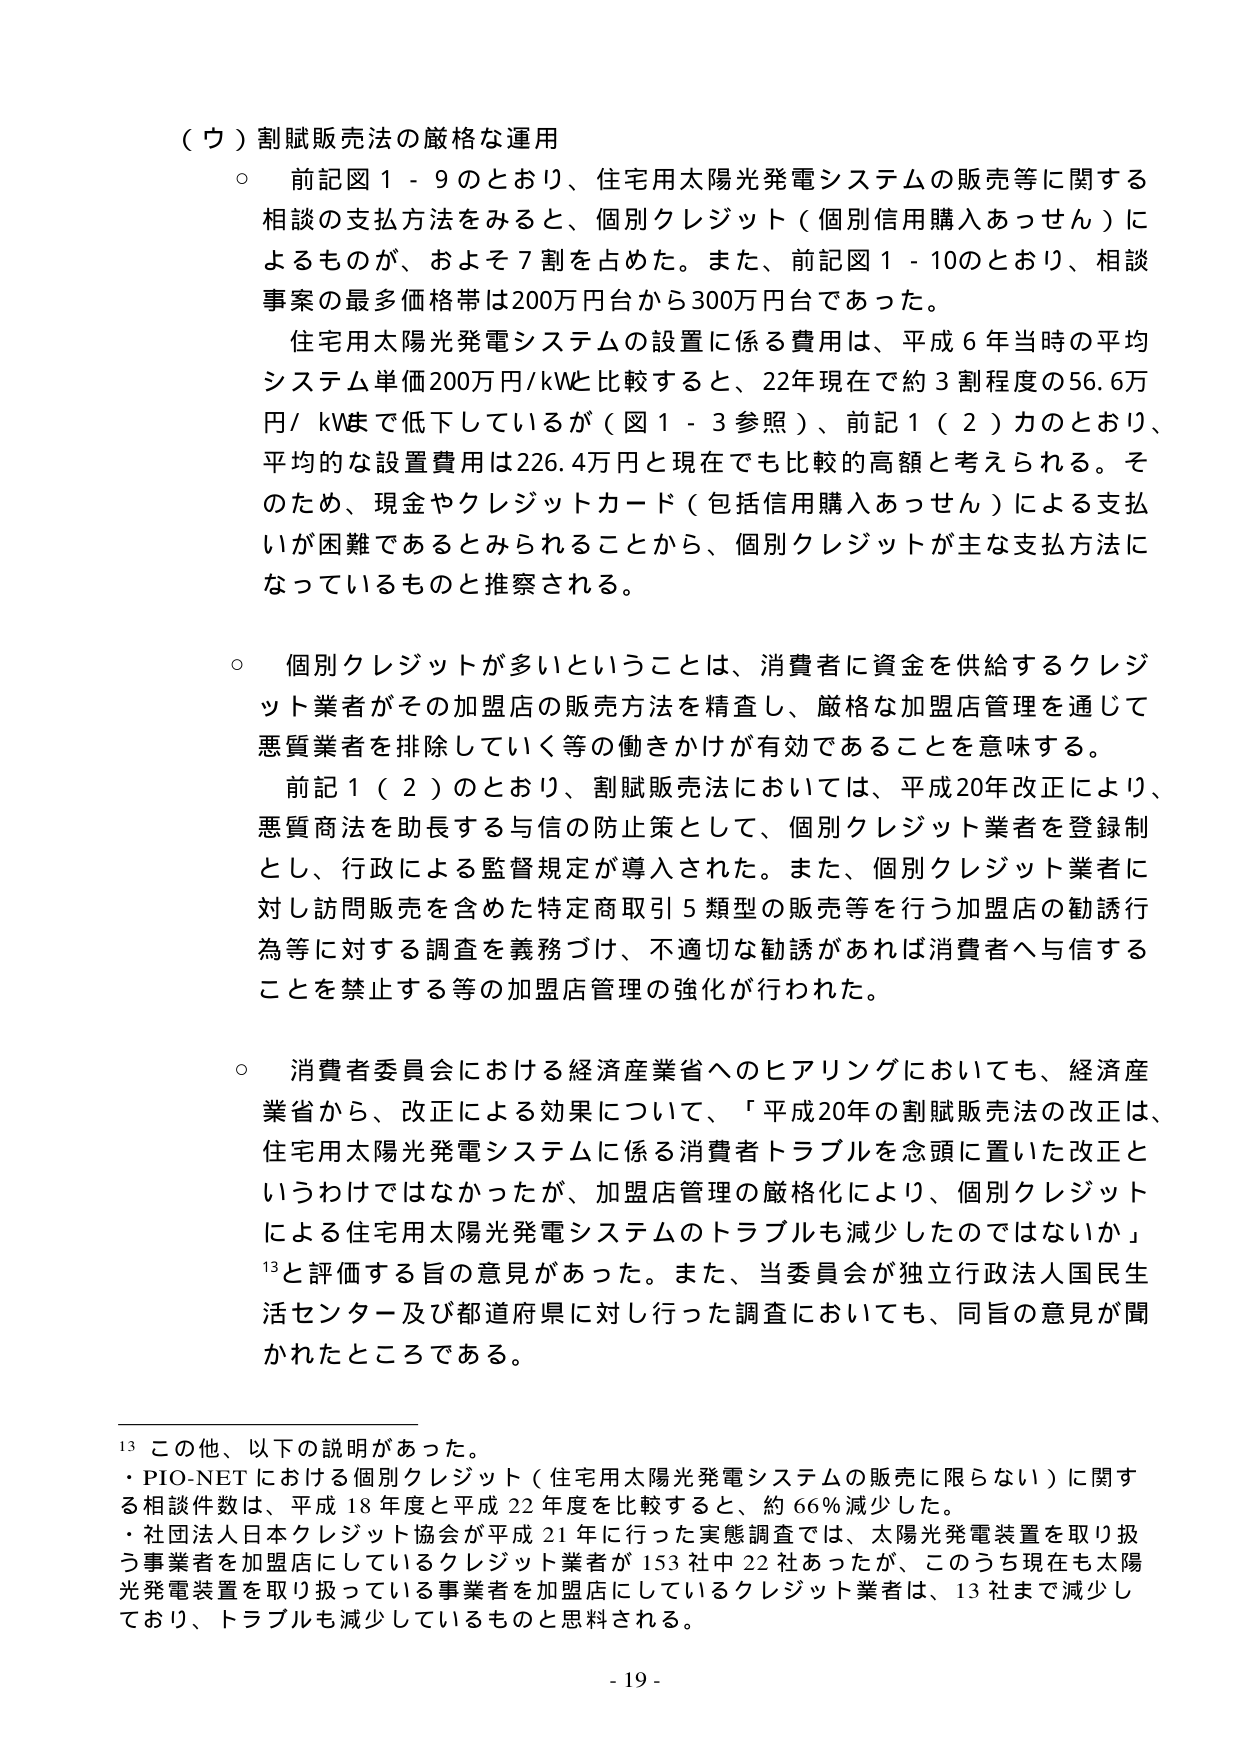
（ウ）割賦販売法の厳格な運用
○ 前記図１－９のとおり、住宅用太陽光発電システムの販売等に関する相談の支払方法をみると、個別クレジット（個別信用購入あっせん）によるものが、およそ７割を占めた。また、前記図１－１０のとおり、相談事案の最多価格帯は200万円台から300万円台であった。
住宅用太陽光発電システムの設置に係る費用は、平成６年当時の平均システム単価200万円/kWと比較すると、22年現在で約３割程度の56.6万円/kWまで低下しているが（図１－３参照）、前記１（２）カのとおり、平均的な設置費用は226.4万円と現在でも比較的高額と考えられる。そのため、現金やクレジットカード（包括信用購入あっせん）による支払いが困難であるとみられることから、個別クレジットが主な支払方法になっているものと推察される。

○ 個別クレジットが多いということは、消費者に資金を供給するクレジット業者がその加盟店の販売方法を精査し、厳格な加盟店管理を通じて悪質業者を排除していく等の働きかけが有効であることを意味する。
前記１（２）のとおり、割賦販売法においては、平成20年改正により、悪質商法を助長する与信の防止策として、個別クレジット業者を登録制とし、行政による監督規定が導入された。また、個別クレジット業者に対し訪問販売を含めた特定商取引５類型の販売等を行う加盟店の勧誘行為等に対する調査を義務づけ、不適切な勧誘があれば消費者へ与信することを禁止する等の加盟店管理の強化が行われた。

○ 消費者委員会における経済産業省へのヒアリングにおいても、経済産業省から、改正による効果について、「平成20年の割賦販売法の改正は、住宅用太陽光発電システムに係る消費者トラブルを念頭に置いた改正というわけではなかったが、加盟店管理の厳格化により、個別クレジットによる住宅用太陽光発電システムのトラブルも減少したのではないか」と評価する旨の意見があった。また、当委員会が独立行政法人国民生活センター及び都道府県に対し行った調査においても、同旨の意見が聞かれたところである。

13 この他、以下の説明があった。
・PIO-NETにおける個別クレジット（住宅用太陽光発電システムの販売に限らない）に関する相談件数は、平成18年度と平成22年度を比較すると、約66％減少した。
・社団法人日本クレジット協会が平成21年に行った実態調査では、太陽光発電装置を取り扱う事業者を加盟店にしているクレジット業者が153社中22社あったが、このうち現在も太陽光発電装置を取り扱っている事業者を加盟店にしているクレジット業者は、13社まで減少しており、トラブルも減少しているものと思料される。

- 19 -